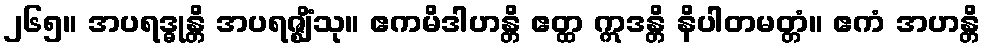
၂၆၅။ အပရဒ္ဓုန္တိ အပရဇ္ဈိံသု။ ဧကမိဒါဟန္တိ ဧတ္ထ ဣဒန္တိ နိပါတမတ္တံ။ ဧကံ အဟန္တိ